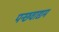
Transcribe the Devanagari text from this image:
पन्छवाद्यम